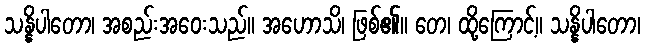
သန္နိပါတော၊ အစည်းအဝေးသည်။ အဟောသိ၊ ဖြစ်၏။ တေ၊ ထို့ကြောင့်။ သန္နိပါတော၊